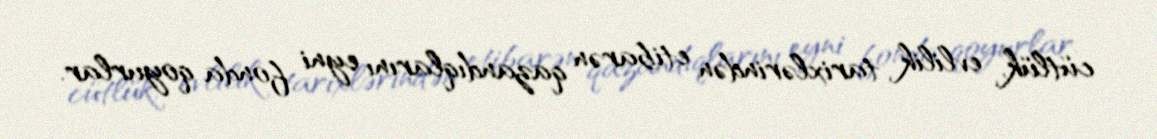
cütlük, evlilik tarixlərindən etibarən qazandıqlarını eyni fonda qoyurlar.